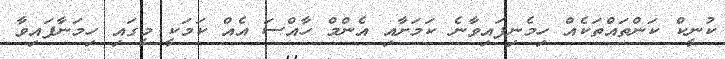
ކުނީކް ކަންތައްތަކެއް ހިމެނިފައިވާނެ ކަމަށާއި އެންމް ހާއްސަ އެއް ކަމަކީ މީގައި ހިމަނާފައިވާ